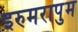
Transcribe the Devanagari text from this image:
इरुमरापुम